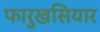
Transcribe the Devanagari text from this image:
फारुखसियार